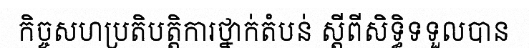
កិច្ចសហប្រតិបត្តិការថ្នាក់តំបន់ ស្តីពីសិទ្ធិទទួលបាន